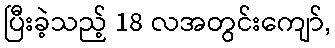
ပြီးခဲ့သည့် 18 လအတွင်းကျော်,